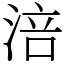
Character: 涪